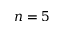
n = 5